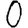
Digit: 0